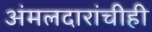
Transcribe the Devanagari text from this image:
अंमलदारांचीही